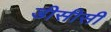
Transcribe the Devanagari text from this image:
डीसीसी